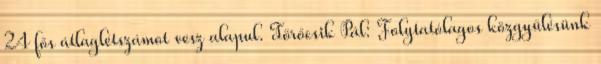
24 fős átlaglétszámot vesz alapul. Törőcsik Pál: Folytatólagos közgyűlésünk